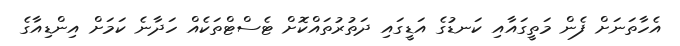
އެހާތަނަށް ފެން މަތީގައާއި ކަނޑުގެ އަޑީގައި ދަތުރުތައްކޮށް ޓެސްޓްތަކެއް ހަދާނެ ކަމަށް އިންޑިއާގެ